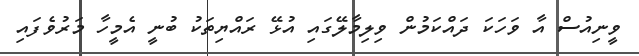
ވީނިއުސް އާ ވަހަކަ ދައްކަމުން ވިލިމާލޭގައި އުޅޭ ރައްޔިތަކު ބުނީ އެމީހާ މަރުވެފައި